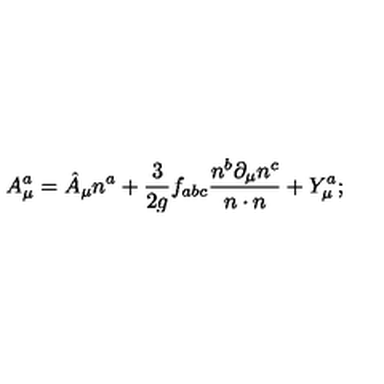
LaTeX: A _ { \mu } ^ { a } = \hat { A } _ { \mu } n ^ { a } + \frac { 3 } { 2 g } f _ { a b c } \frac { n ^ { b } \partial _ { \mu } n ^ { c } } { n \cdot n } + Y _ { \mu } ^ { a } ;